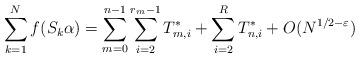
LaTeX: \begin{align*}\sum_{k=1}^{N} f(S_k \alpha) = \sum_{m=0}^{n-1} \sum_{i=2}^{r_m-1} T_{m,i}^* + \sum_{i=2}^{R} T_{n,i}^* + O(N^{1/2-\varepsilon}) \end{align*}